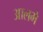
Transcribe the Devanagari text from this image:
आलमे